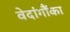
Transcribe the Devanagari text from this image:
वेदांगौंका